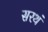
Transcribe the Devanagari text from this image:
सरथं